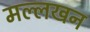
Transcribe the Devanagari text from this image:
मल्लखन